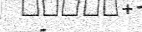
-